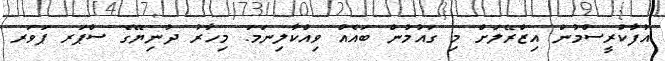
އުފާކުރީސްމުން އިޒްރޭލަށް މި ގައުމުން ބައެއް ވިއްކާލިނަމަ. މިހާރު ދުނިޔޭގެ ސްޕަރ ޕަވަރ